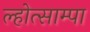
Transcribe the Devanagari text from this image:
ल्होत्साम्पा